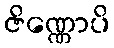
ဇိဏ္ဏောပိ